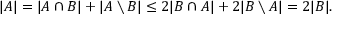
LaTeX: | A | = | A \cap B | + | A \setminus B | \leq 2 | B \cap A | + 2 | B \setminus A | = 2 | B | .